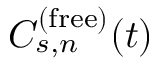
C _ { s , n } ^ { ( \mathrm { f r e e } ) } ( t )